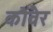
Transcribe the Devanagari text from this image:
कोंवैर